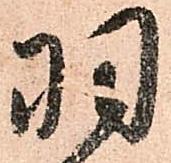
羽